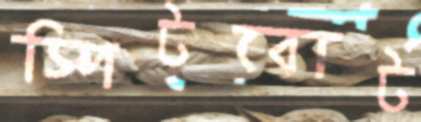
স্পিটবোট